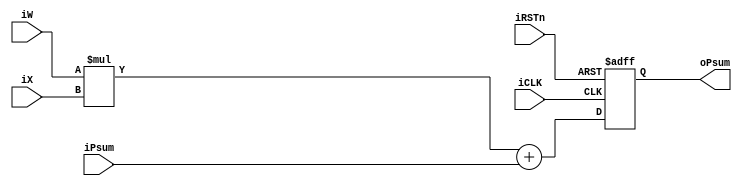
module PE
#(parameter BW1=34, BW2=35)
(
 input iCLK,iRSTn,
 input signed [15:0] iX,
 input signed [15:0] iW,
 input signed [BW1-1:0] iPsum,
 output reg signed [BW2-1:0] oPsum
 );
//reg signed [BW2-1:0] dPsum;
wire signed [31:0] Mul;

assign Mul = iW*iX;
//assign oPsum = dPsum;

always@(posedge iCLK, negedge iRSTn)
begin
	if(!iRSTn)begin
		oPsum<=0;
	end
	else begin
		oPsum <= Mul+iPsum;
	end
end
endmodule